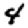
Digit: 4